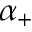
\alpha _ { + }